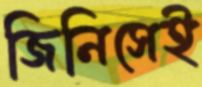
জিনিসেই